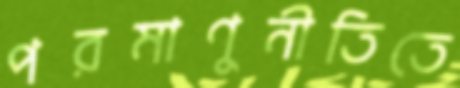
পরমাণুনীতিতে